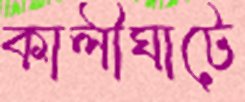
কালীঘাটে